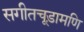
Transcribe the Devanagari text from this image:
सगीतचूड़ामणि